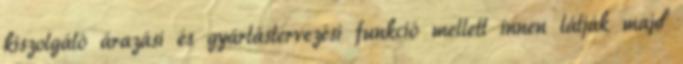
kiszolgáló árazási és gyártástervezési funkció mellett innen látják majd